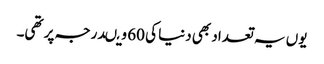
یوں یہ تعداد بھی دنیا کی 60 ویںدرجہ پر تھی۔